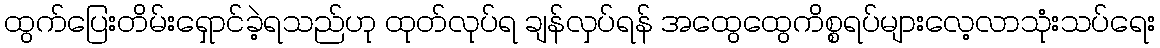
ထွက်ပြေးတိမ်းရှောင်ခဲ့ရသည်ဟု ထုတ်လုပ်ရ ချန်လှပ်ရန် အထွေထွေကိစ္စရပ်များလေ့လာသုံးသပ်ရေး